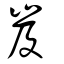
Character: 岌